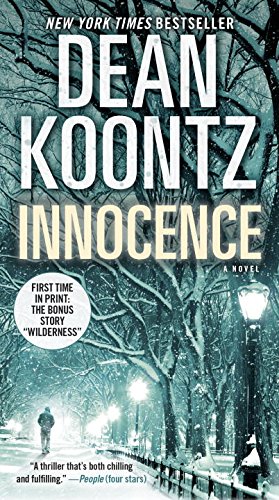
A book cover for Innocence (with bonus short story Wilderness): A Novel; Dean Koontz; Romance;